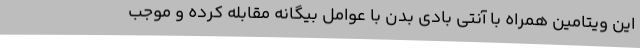
این ویتامین همراه با آنتی بادی بدن با عوامل بیگانه مقابله کرده و موجب